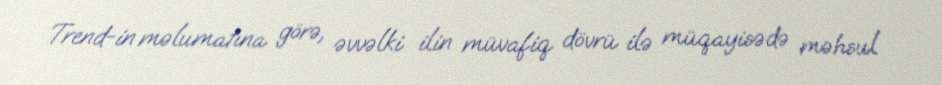
Trend-in məlumatına görə, əvvəlki ilin müvafiq dövrü ilə müqayisədə məhsul